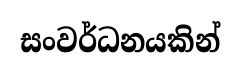
සංවර්ධනයකින්